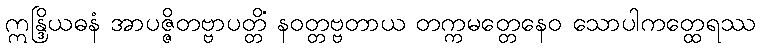
ဣန္ဒြိယဓနံ အာပဇ္ဇိတဗ္ဗာပတ္တိံ နဝတ္တဗ္ဗတာယ တက္ကမတ္တေနေဝ သောပါကတ္ထေရဿ